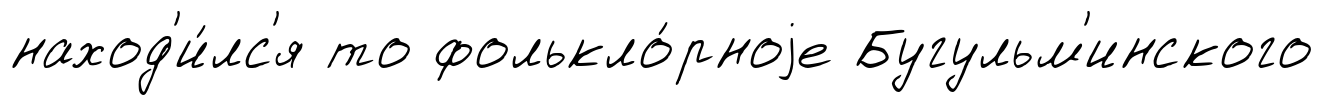
наход'и́лс'я то фолькло́рноjе Бугульм'инского